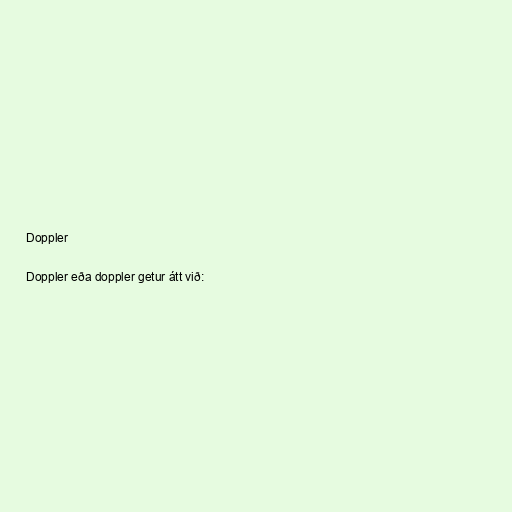
Doppler

Doppler eða doppler getur átt við: